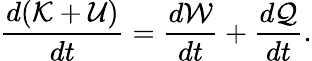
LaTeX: \frac{d(\mathcal{K}+\mathcal{U})}{dt}=\frac{d\mathcal{W}}{dt}+\frac{d\mathcal{Q}}{dt}.